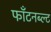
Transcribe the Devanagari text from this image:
फॉंटनब्ल्ट